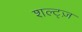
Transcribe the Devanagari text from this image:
शल्ट्ज़